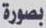
بصورة